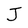
Character: J